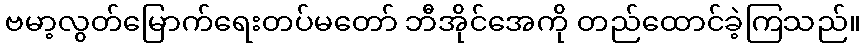
ဗမာ့လွတ်မြောက်ရေးတပ်မတော် ဘီအိုင်အေကို တည်ထောင်ခဲ့ကြသည်။